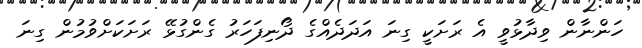
ހަންނާން ވިދާޅުވީ އެ ރަށަކީ ގިނަ އަދަދެއްގެ ދޯނިފަހަރު ގެންގުޅޭ ރަށަކަށްވުމުން ގިނަ